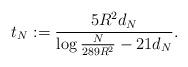
LaTeX: \begin{align*}t_N:=\frac{5R^2d_N}{\log \frac{N}{289R^2}-21d_N}.\end{align*}